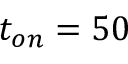
t _ { o n } = 5 0